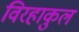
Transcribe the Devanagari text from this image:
विरहाकुल